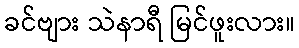
ခင်ဗျား သဲနာရီ မြင်ဖူးလား။